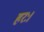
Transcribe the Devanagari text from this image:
हरः।